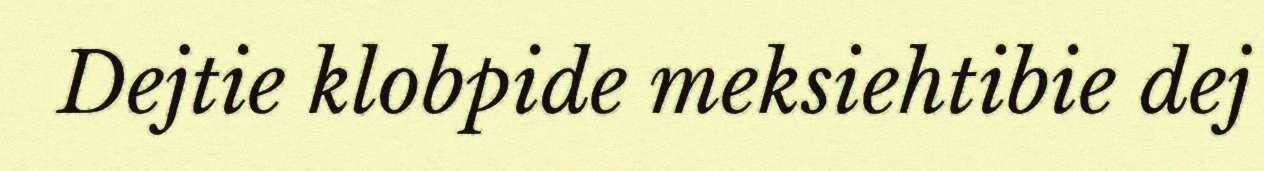
Dejtie klobpide meksiehtibie dej